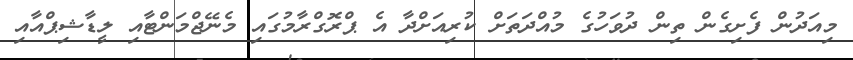
މިއަދުން ފެށިގެން ތިން ދުވަހުގެ މުއްދަތަށް ކުރިއަށްދާ އެ ޕްރޮގްރާމުގައި މެނޭޖްމަންޓާއި ލީޑާޝިޕްއާއި